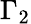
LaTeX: \Gamma_{2}